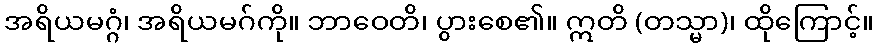
အရိယမဂ္ဂံ၊ အရိယမဂ်ကို။ ဘာဝေတိ၊ ပွားစေ၏။ ဣတိ (တသ္မာ)၊ ထိုကြောင့်။